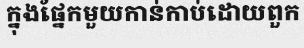
ក្នុងផ្នែកមួយកាន់កាប់ដោយពួក